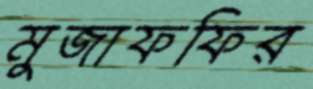
মুজাফফির